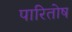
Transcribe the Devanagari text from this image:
पारितोष